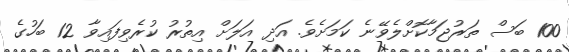
100 ބަސް ތަރުޖަމާކޮށްލެވޭނެ ކަމަށެވެ. އަދި އަލަށް އިތުރު ކުރެވިފައިވާ 12 ބަހުގެ